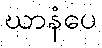
ဃာနံပေ